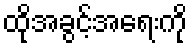
ထိုအခွင့်အရေးကို